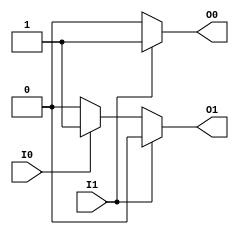
module binary_encoder(
    input wire I0,    // Input line 0
    input wire I1,    // Input line 1
    output reg O0,    // Output line 0
    output reg O1     // Output line 1
);

always @* begin
    // Default output value
    O0 = 0;
    O1 = 0;

    // Priority encoding logic
    if (I1) begin
        O0 = 1;   // Highest priority input is I1
        O1 = 0;
    end else if (I0) begin
        O0 = 0;   // Next highest priority input is I0
        O1 = 1;
    end
end

endmodule